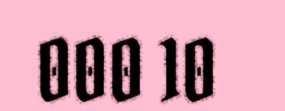
000 10